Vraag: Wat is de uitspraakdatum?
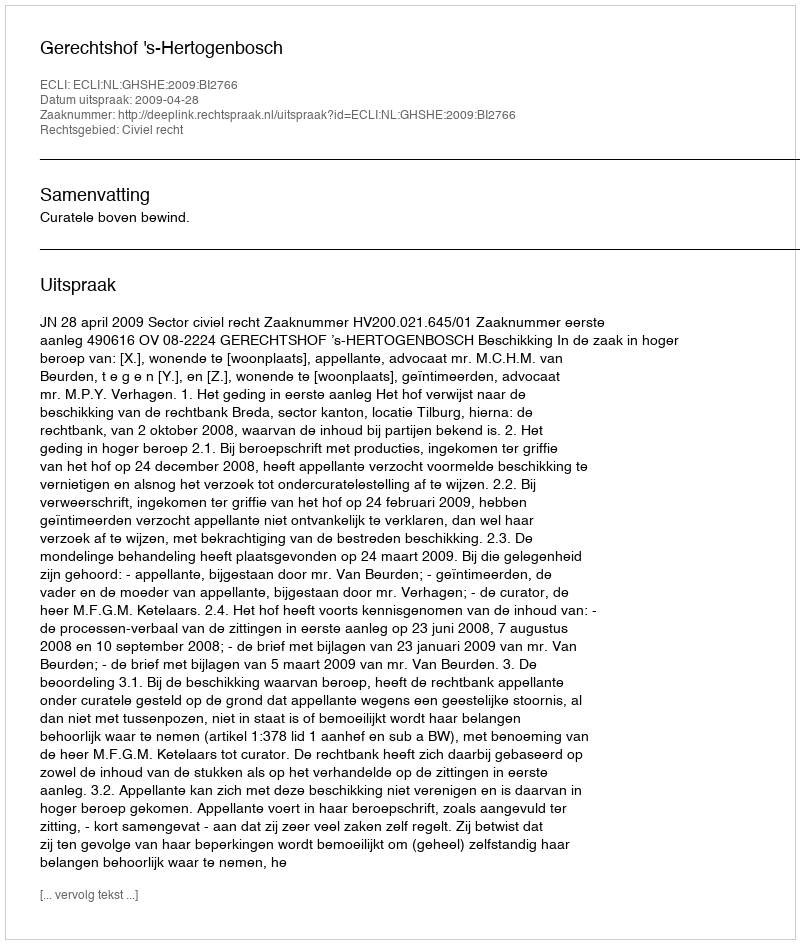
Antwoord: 2009-04-28